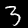
Digit: 3